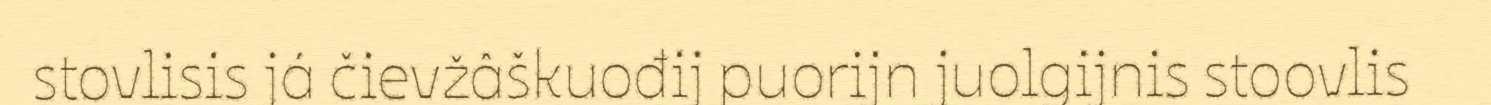
stovlisis já čievžâškuođij puorijn juolgijnis stoovlis